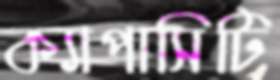
ক্যাপাসিটি